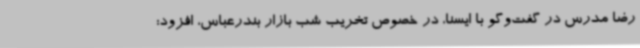
رضا مدرس در گفت‌وگو با ایسنا، در خصوص تخریب شب بازار بندرعباس، افزود: